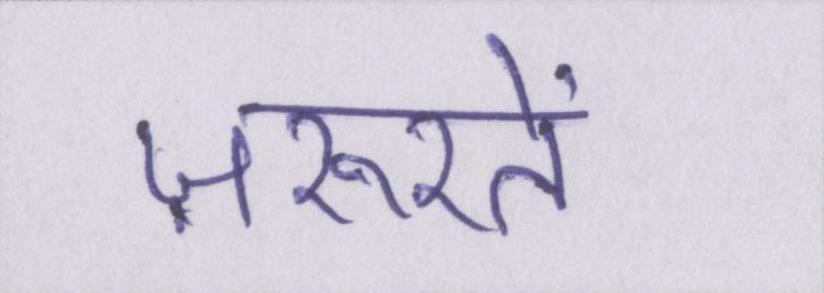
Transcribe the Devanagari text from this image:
ज़रूरतें